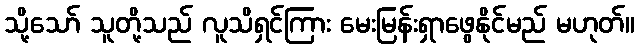
သို့သော် သူတို့သည် လူသိရှင်ကြား မေးမြန်းရှာဖွေနိုင်မည် မဟုတ်။